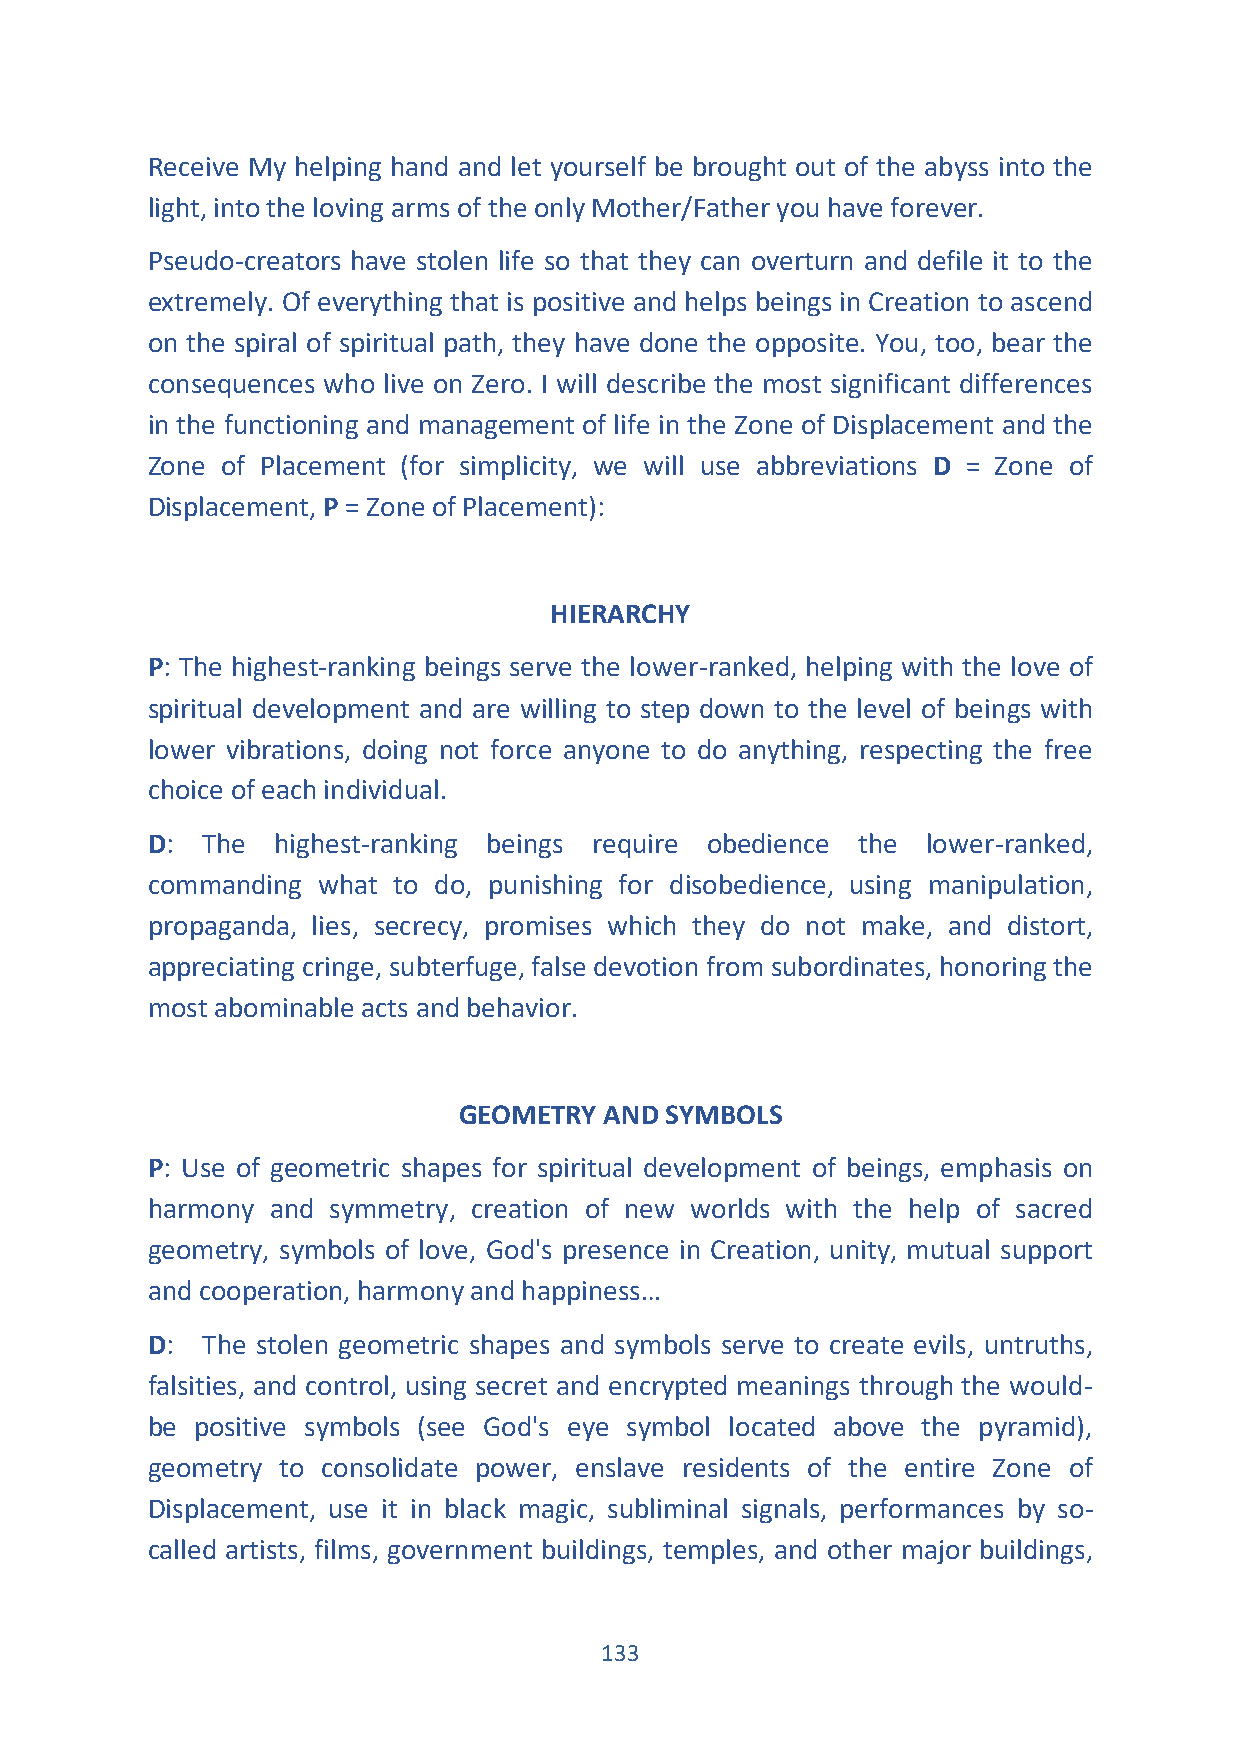
Receive My helping hand and let yourself be brought out of the abyss into the
 light, into the loving arms of the only Mother/Father you have forever.
 Pseudo-creators have stolen life so that they can overturn and defile it to the
 extremely. Of everything that is positive and helps beings in Creation to ascend
 on the spiral of spiritual path, they have done the opposite. You, too, bear the
 consequences who live on Zero. I will describe the most significant differences
 in the functioning and management of life in the Zone of Displacement and the
 Zone of Placement (for simplicity, we will use abbreviations D = Zone of
 Displacement, P = Zone of Placement):
 HIERARCHY
 P: The highest-ranking beings serve the lower-ranked, helping with the love of
 spiritual development and are willing to step down to the level of beings with
 lower vibrations, doing not force anyone to do anything, respecting the free
 choice of each individual.
 D: The  highest-ranking beings require obedience the lower-ranked,
 commanding what to do, punishing for disobedience, using manipulation,
 propaganda, lies, secrecy, promises which they do not make, and distort,
 appreciating cringe, subterfuge, false devotion from subordinates, honoring the
 most abominable acts and behavior.
 GEOMETRY  AND SYMBOLS
 P: Use of geometric shapes for spiritual development of beings, emphasis on
 harmony and symmetry, creation of new worlds with the help of sacred
 geometry, symbols of love, God's presence in Creation, unity, mutual support
 and cooperation, harmony and happiness…
 D: The stolen geometric shapes and symbols serve to create evils, untruths,
 falsities, and control, using secret and encrypted meanings through the would-
 be positive symbols (see God's eye symbol located above the pyramid),
 geometry to consolidate power, enslave residents of the entire Zone of
 Displacement, use it in black magic, subliminal signals, performances by so-
 called artists, films, government buildings, temples, and other major buildings,
 133